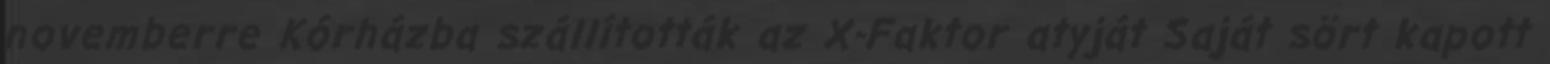
novemberre Kórházba szállították az X-Faktor atyját Saját sört kapott